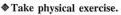
Take physical exercise.